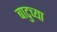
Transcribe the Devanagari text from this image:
बाटुच्या